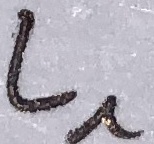
Text: L1